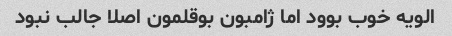
الویه خوب بوود اما ژامبون‌ بوقلمون اصلا جالب نبود